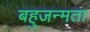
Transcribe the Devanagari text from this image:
बहुजन्मता